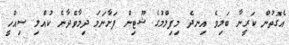
އެގޮތުން ކަރީނާ ބަލިވެ އިނދެ މިފިލްމުގެ ޝޫޓިން ފަށާނަމަ ދިމާވެދާނެ ކުއްލި ސިއްހީ